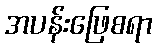
အပန်းဖြေစရာ